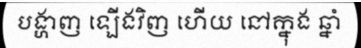
បង្ហាញ ឡើងវិញ ហើយ នៅក្នុង ឆ្នាំ